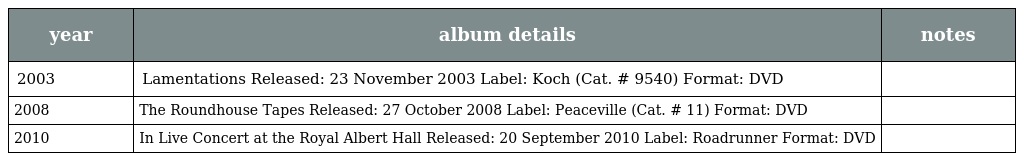
| year | album details | notes |
 | --- | --- | --- |
 | 2003 | Lamentations Released: 23 November 2003 Label: Koch (Cat. # 9540) Format: DVD |  |
 | 2008 | The Roundhouse Tapes Released: 27 October 2008 Label: Peaceville (Cat. # 11) Format: DVD |  |
 | 2010 | In Live Concert at the Royal Albert Hall Released: 20 September 2010 Label: Roadrunner Format: DVD |  |